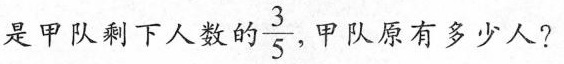
是甲队剩下人数的\frac{3}{5}甲队原有多少人?